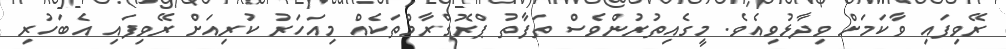
ރޭވިފައި ވާކަމަށް ވިދާޅުވިއެވެ. މީގެއިތުރުންވެސް ތަފާތު ޕްރޮގްރާމްތަކެއް މިއަހަރު ކުރިއަށް ރޭވިފައި އެބަހުރި